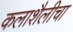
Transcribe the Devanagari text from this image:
कलाशैलीचा